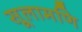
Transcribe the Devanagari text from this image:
सूलामणि